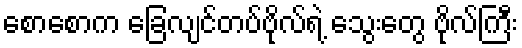
စောစောက ခြေလျင်တပ်ဗိုလ်ရဲ့ သွေးတွေ ဗိုလ်ကြီး